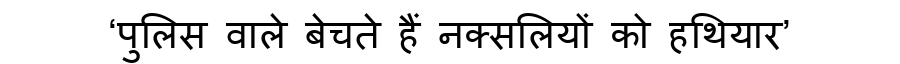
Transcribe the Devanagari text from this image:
‘पुलिस वाले बेचते हैं नक्सलियों को हथियार’